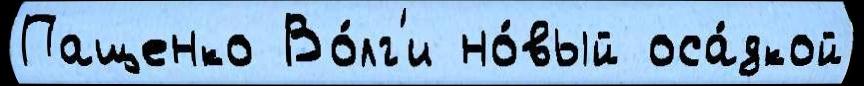
Пащенко Во́лг'и но́вый оса́дкой